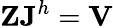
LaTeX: \mathbf{Z}\mathbf{J}^{h}=\mathbf{V}